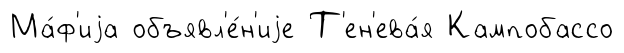
Ма́ф'иjа объявл'е́н'иjе Т'ен'ева́я Кампобассо